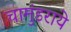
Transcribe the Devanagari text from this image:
चामुंडराये